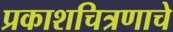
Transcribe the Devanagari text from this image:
प्रकाशचित्रणाचे